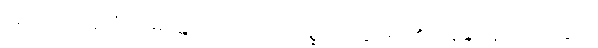
သူသည်။ ပဗ္ဗတံ၊ ဟိမဝန္တာတောင်သို့။ ဂစ္ဆေယျ၊ သွားရာ၏။ ဇနိန္ဒ၊ လူများအတွက်